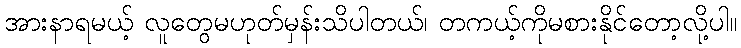
အားနာရမယ့် လူတွေမဟုတ်မှန်းသိပါတယ်၊ တကယ့်ကိုမစားနိုင်တော့လို့ပါ။